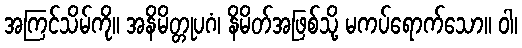
အကြင်သိမ်ကို။ အနိမိတ္တုပဂံ၊ နိမိတ်အဖြစ်သို့ မကပ်ရောက်သော။ ဝါ၊